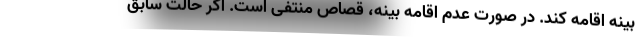
بینه اقامه کند. در صورت عدم اقامه بینه، قصاص منتفی است. اگر حالت سابق